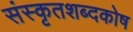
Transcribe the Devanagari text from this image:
संस्कृतशब्दकोष